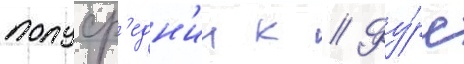
полуср'едн'ии к // Фу́рс